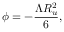
\phi = - \frac { \Lambda R _ { u } ^ { 2 } } { 6 } ,